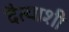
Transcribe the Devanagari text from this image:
दैत्याशी